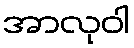
အာလုဝါ